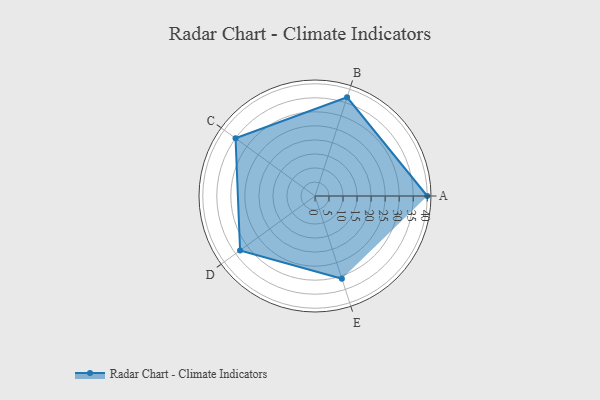
{"axis": {"x": "Skill", "y": "Score"}, "legend": ["Profile"], "data": [{"x": "A", "y": 40.0, "type": "Profile"}, {"x": "B", "y": 37.0, "type": "Profile"}, {"x": "C", "y": 35.0, "type": "Profile"}, {"x": "D", "y": 33.0, "type": "Profile"}, {"x": "E", "y": 31.0, "type": "Profile"}]}